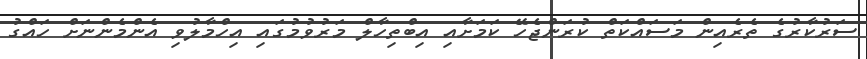
ސަރުކާރުގެ ތެރެއިން މަސައްކަތް ކުރަންޖެހޭ ކަމަށާއި އިބްތިހާލް މަރުވުމުގައި އިހްމާލުވި އެންމެންނަށް ހައްގު